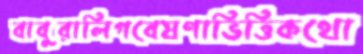
বাবুরালিগবেষণাভিত্তিকথো